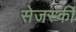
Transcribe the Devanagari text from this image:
सेजर्स्की